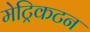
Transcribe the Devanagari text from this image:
मेट्रिकटन